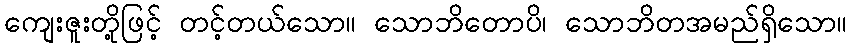
ကျေးဇူးတို့ဖြင့် တင့်တယ်သော။ သောဘိတောပိ၊ သောဘိတအမည်ရှိသော။